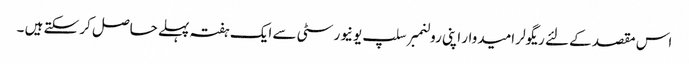
اس مقصد کے لئے ریگولر امیدوار اپنی رولنمبر سلپ یونیورسٹی سے ایک ہفتہ پہلے حاصل کر سکتے ہیں ۔